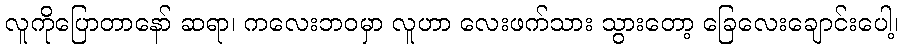
လူကိုပြောတာနော် ဆရာ၊ ကလေးဘဝမှာ လူဟာ လေးဖက်သား သွားတော့ ခြေလေးချောင်းပေါ့၊